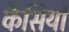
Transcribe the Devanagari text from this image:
कैसियो